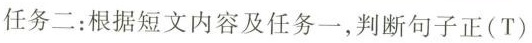
A 任务二：根据短文内容及任务一，判断句子正(T)